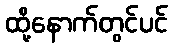
ထို့နောက်တွင်ပင်